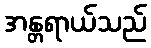
အန္တရာယ်သည်